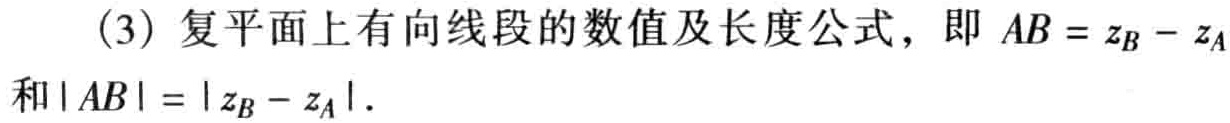
(3) 复平面上有向线段的数值及长度公式，即 \(AB = z_{B}-z_{A}\) 和 \(|AB| = |z_{B}-z_{A}|\).